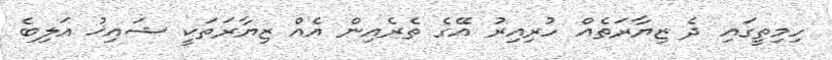
ހިމިތީގައި ދެ ޒިޔާރަތެއް ހުރިއިރު އޭގެ ތެރެއިން އެއް ޒިޔާރަތަކީ ޝައިޚު އަލިބެ